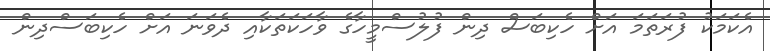
އެކަމަކު ފުރަތަމަ އަށް ހެކިބަސް ދިން ފުލުސްމީހާގެ ވާހަކަތަކާއި ދެވަނަ އަށް ހެކިބަސްދިން